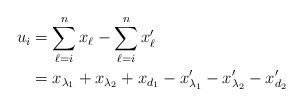
LaTeX: \begin{align*}u_i&=\sum_{\ell=i}^nx_\ell-\sum_{\ell=i}^nx'_\ell\\&=x_{\lambda_1}+x_{\lambda_2}+x_{d_1}-x'_{\lambda_1}-x'_{\lambda_2}-x'_{d_2}\end{align*}